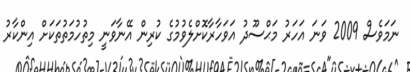
ނަމަވެސް 2009 ވަނަ އަހަރު މަޙްސޫދު އަވަހާރާކޮށްލެވުމުގެ ކުރިން އޭނާވަނީ މިތުހުމަތުތަކަށް އިންކާރު